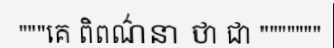
"""គេ ពិពណ៌នា ថា ជា """""""